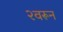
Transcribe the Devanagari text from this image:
२वरून